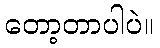
တော့တာပါပဲ။